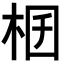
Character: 𣑟